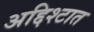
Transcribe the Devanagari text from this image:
अद्दिश्टात